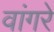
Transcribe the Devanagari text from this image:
वांगरे